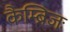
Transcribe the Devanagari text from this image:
कैम्ब्रिजः